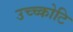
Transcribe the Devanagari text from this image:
उच्च्कोटि